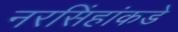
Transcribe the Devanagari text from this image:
नरसिंहांकडे